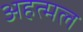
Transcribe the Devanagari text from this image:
अहत्मल